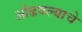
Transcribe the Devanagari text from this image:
ओढवल्याचे